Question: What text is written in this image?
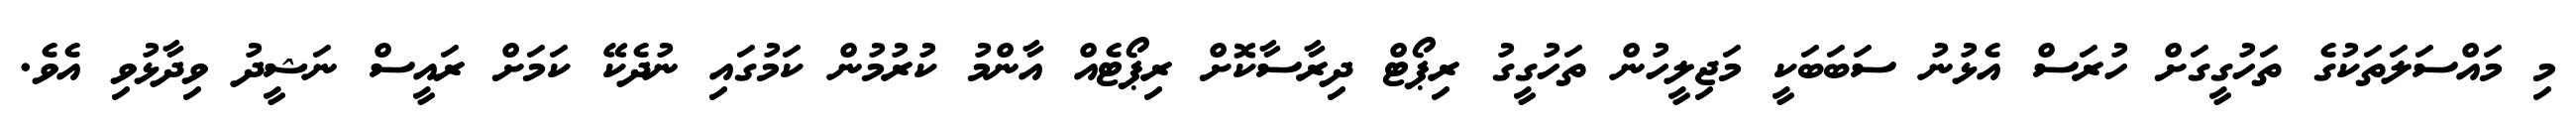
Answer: މި މައްސަލަތަކުގެ ތަހުގީގަށް ހުރަސް އެޅުނު ސަބަބަކީ މަޖިލީހުން ތަހުގީގު ރިޕޯޓް ދިރާސާކޮށް ރިޕޯޓެއް އާންމު ކުރުމުން ކަމުގައި ނުދެކޭ ކަމަށް ރައީސް ނަޝީދު ވިދާޅުވި އެވެ.